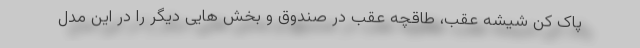
پاک کن شیشه عقب، طاقچه عقب در صندوق و بخش هایی دیگر را در این مدل